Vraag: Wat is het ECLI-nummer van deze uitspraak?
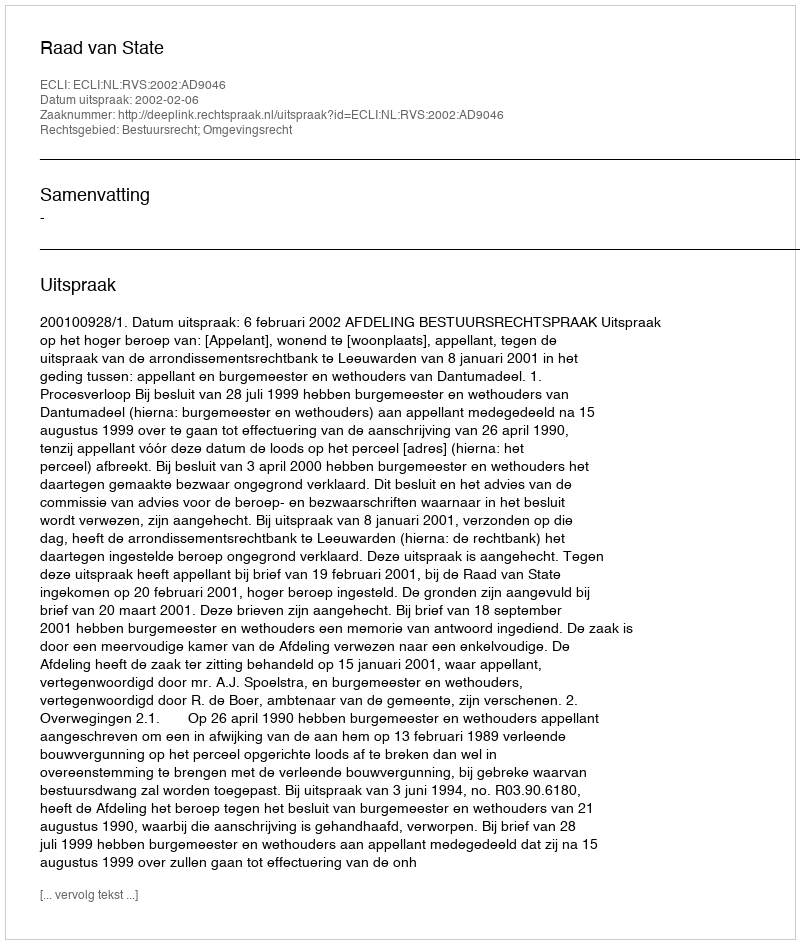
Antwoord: ECLI:NL:RVS:2002:AD9046